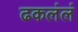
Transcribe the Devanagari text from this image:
ढकलंलं